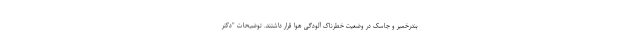
بندرخمیر و جاسک در وضعیت خطرناک آلودگی هوا قرار داشتند. توضیحات "دکتر